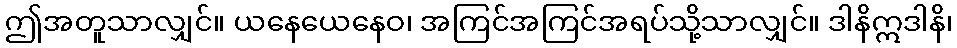
ဤအတူသာလျှင်။ ယနေယေနေဝ၊ အကြင်အကြင်အရပ်သို့သာလျှင်။ ဒါနိဣဒါနိ၊